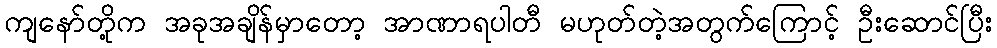
ကျနော်တို့က အခုအချိန်မှာတော့ အာဏာရပါတီ မဟုတ်တဲ့အတွက်ကြောင့် ဦးဆောင်ပြီး